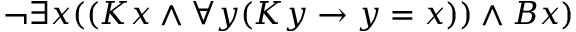
\lnot \exists x ( ( K x \land \forall y ( K y \rightarrow y = x ) ) \land B x )